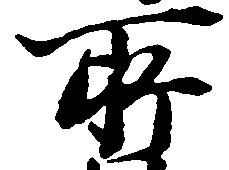
所